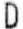
D